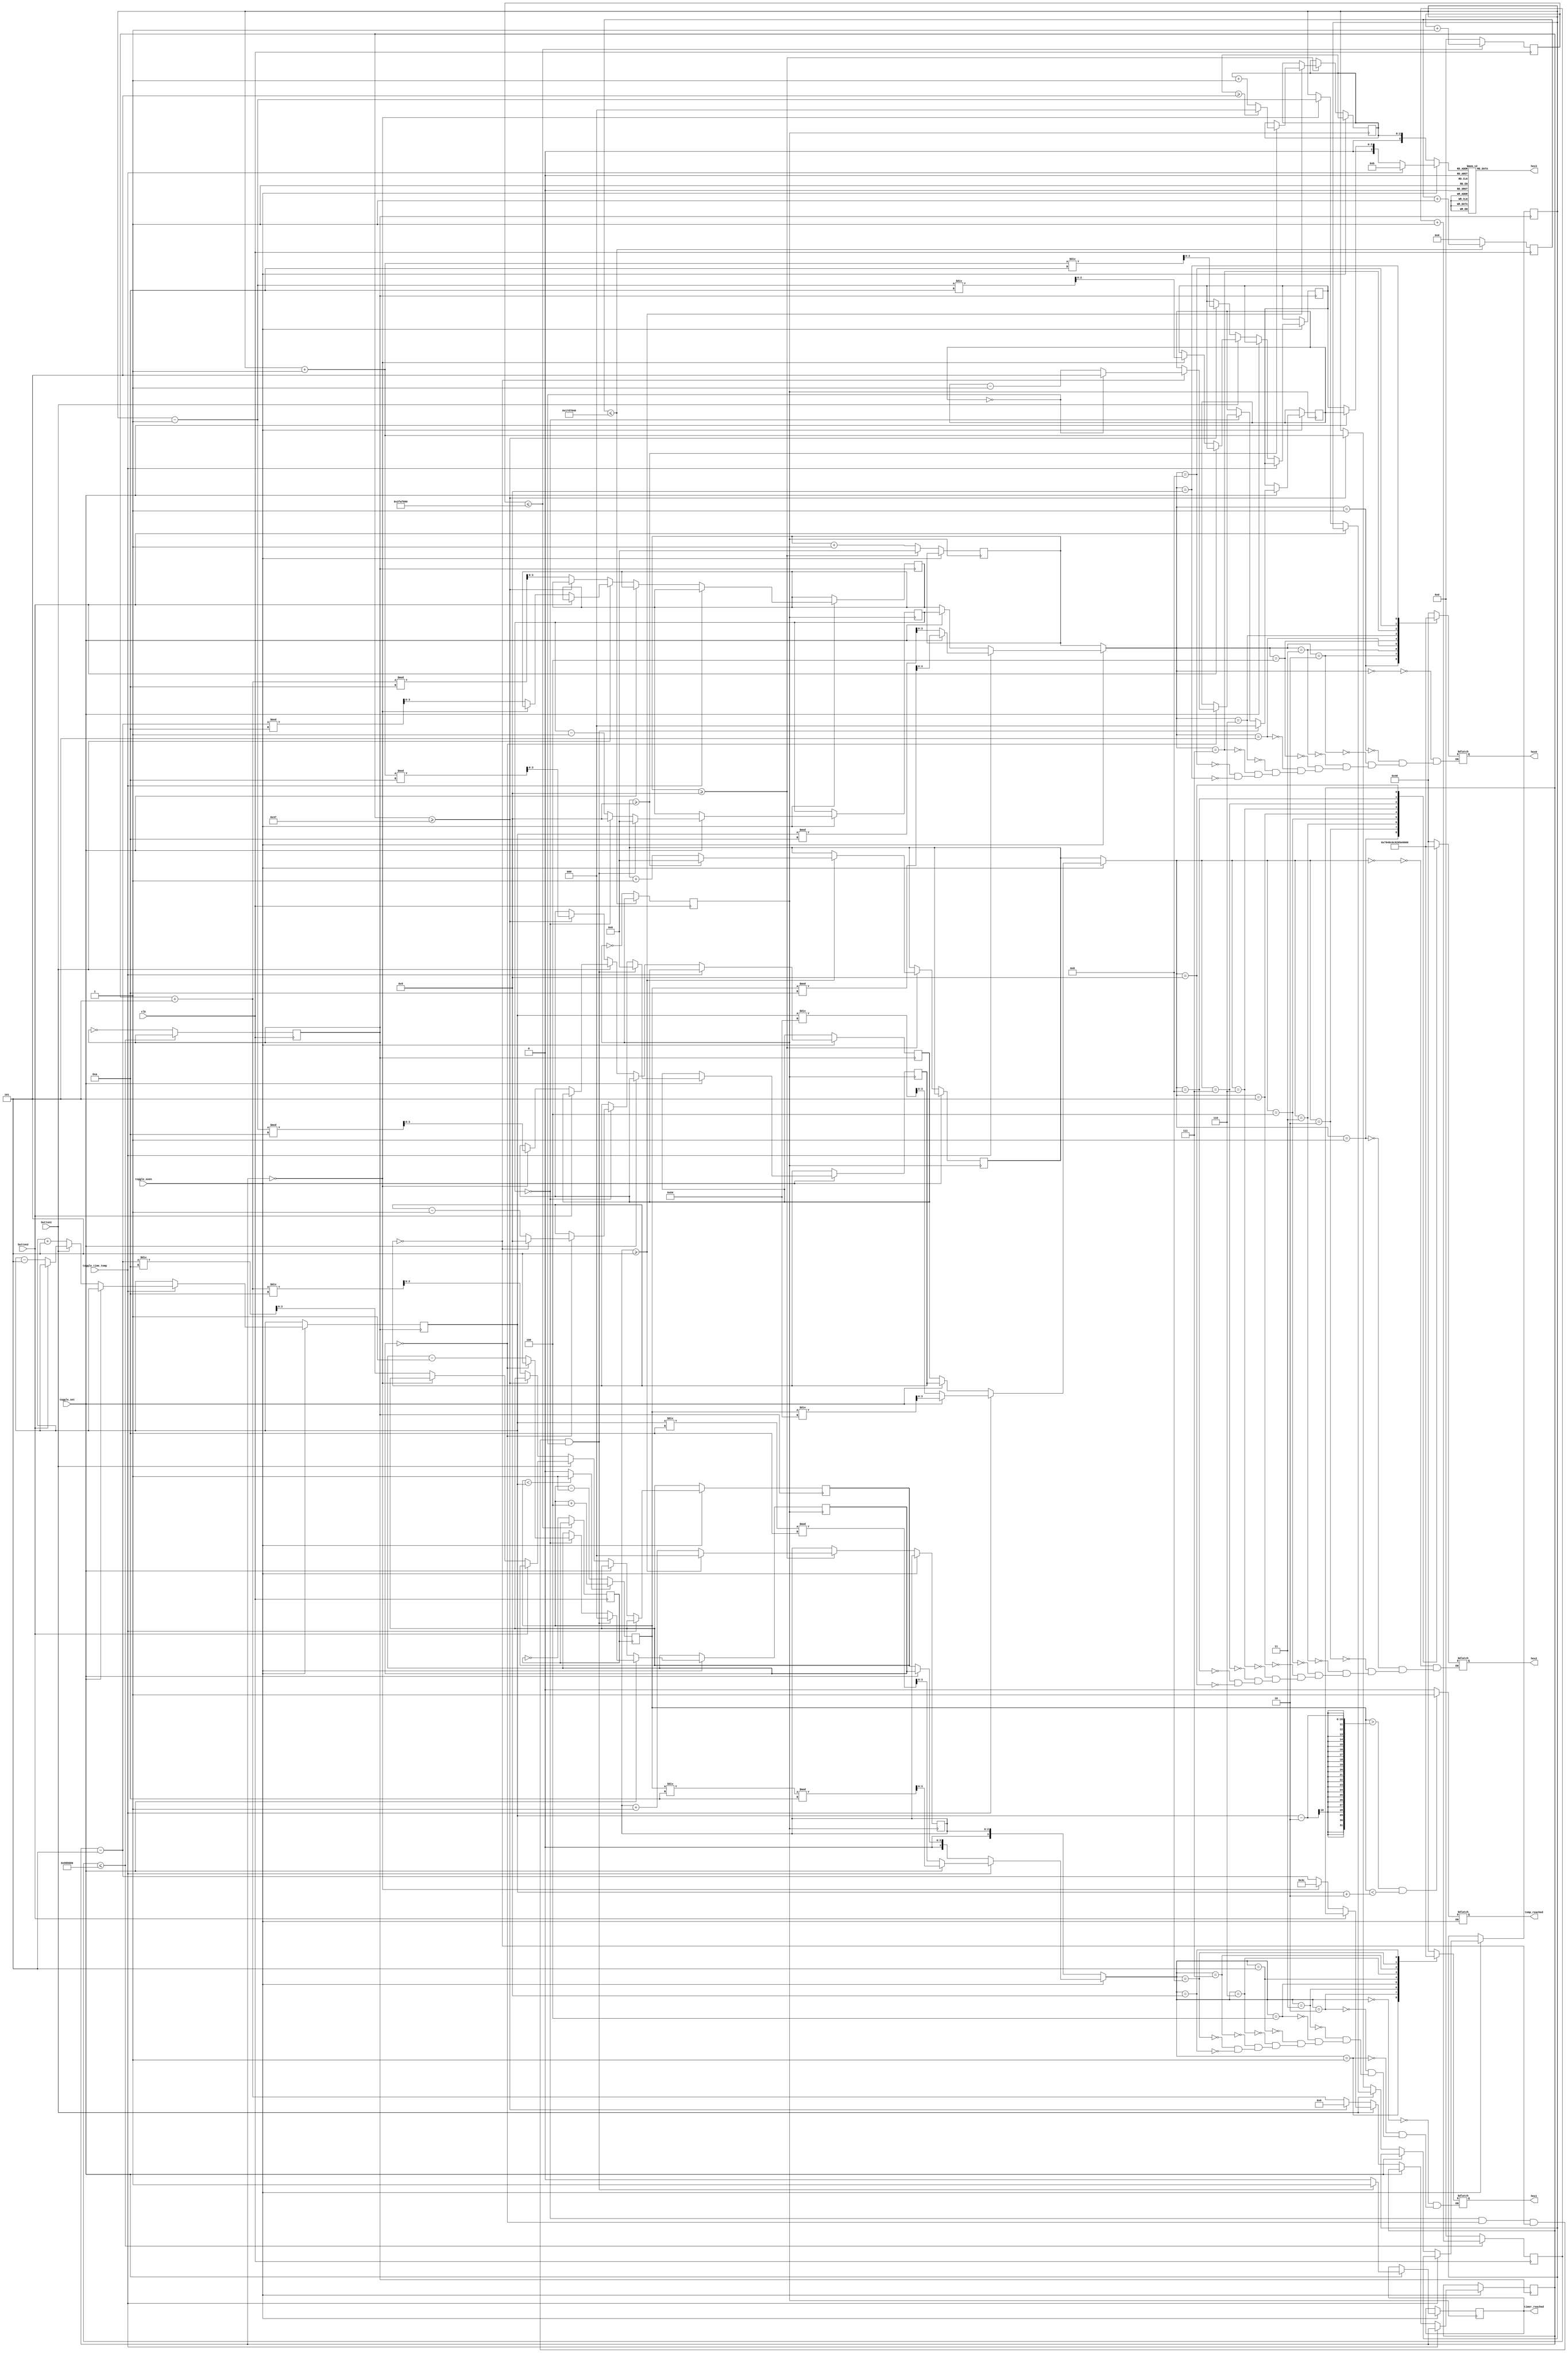
module change_heat(	input clk, 
							input button1, //top
							input button2, //bottom
							input toggle_oven, //SW0, switches between clock and timer/heat
							input toggle_time_temp, //SW1, when oven is on it switches between time and temp
							input toggle_set, //SW2, changes setting vs viewing variables
							output reg [6:0] hex3, //most significant
							output reg [6:0] hex2, 
							output reg [6:0] hex1, 
							output reg [6:0] hex0, 
							output reg temp_reached, // temperature LED
							output reg timer_reached); // timer LED
	
	
	// REGISTERS AND PARAMETERS FOR THE OVEN HEAT PART
	// ==============================================================
	parameter MAX_COUNT_HEAT = 50000000; // Every 2 seconds
	reg [30:0] count = 0;
	reg new_clk;
	
	parameter BUTTON_LIM = 10000000; // Every less than a second
	reg [30:0] button_count = 0;
	reg button_clk;
	
	
	reg heat_val; // 1 if increasing, 0 if decreasing
	
	reg [9:0] updated_temp = 60; // Actual temperature
	reg [9:0] goal_temp = 300; // User input temperature
	
	reg [3:0] hex3_num = 0;
	reg [3:0] hex2_num = 3;
	reg [3:0] hex1_num = 0;
	reg [3:0] hex0_num = 0;
	
	// ==============================================================
	
	// REGISTERS FOR OVEN TIMER
	// ==============================================================
	parameter max_count_timer = 25000000; // same for clock
	reg [28:0] count_timer = 0;
	reg timer_clk;
	
	reg[3:0] number;
	reg[2:0] number2;
	reg[3:0] number3;
	reg[2:0] number4;
	
	reg[3:0] num;
	reg[2:0] num2;
	reg[3:0] num3;
	reg[2:0] num4;
	
	reg [5:0] set_sec = 0;
	reg [5:0] set_min = 0;

	// ==============================================================
	
	// REGISTERS FOR OVEN CLOCK
	// ==============================================================
	reg [3:0] number1_clock = 0;
	reg [2:0] number2_clock = 0;
	reg [3:0] number3_clock = 0;
	reg [2:0] number4_clock = 0;
	// ==============================================================

	
	// Button timer, heat clock, and timer/countup clock 
	always @ (posedge clk) begin
		// button
		if (button_count <= BUTTON_LIM) begin
			 button_count <= button_count + 1;
		end else begin 
			 button_count <= 0;
			 button_clk <= ~button_clk;
		end
		// heat
		if (count <= MAX_COUNT_HEAT) begin
			 count <= count + 1;
		end else begin 
			 count <= 0;
			 new_clk <= ~new_clk;
		end
		
		//timer/countup clock
		if (count_timer <= max_count_timer) begin
			count_timer <= count_timer + 1;
		end else begin 
			count_timer <= 0;
			timer_clk <= ~timer_clk;
		end
	end
	
	
	// User change temperature
	always @(posedge button_clk) begin
		if (toggle_oven == 1) begin // Oven is on
			if (toggle_time_temp == 0) begin // Looking at timer
				if(toggle_set == 0) begin // set Time
					if (button1 == 0) begin
						if (set_sec >= 55) begin
							set_sec = 0;
							set_min = set_min + 1;
							num3 = set_min % 10;
							num4 = set_min / 10;
						end else begin
							set_sec = set_sec + 5;
							num = set_sec % 10;
							num2 = set_sec / 10;
						end
					end else if (button2 == 0) begin
						if (set_sec == 0) begin
							set_min = set_min - 1;
							num3 = set_min % 10;
							num4 = set_min / 10;
							set_sec = 60;
						end else begin
							set_sec = set_sec - 5;
							num = set_sec % 10;
							num2 = set_sec / 10;
						end
					end
				end
			end else begin // looking at temperature
				if (toggle_set == 0) begin // toggle_set = 0 means we are setting temperature
					if (button1 == 0) begin // Increase 
						goal_temp = goal_temp + 5;
					end else if (button2 == 0) begin
						goal_temp = goal_temp - 5;
					end
				end
			end
		end
	end
	
	// Update hex displays
	always @(*) begin
		if (toggle_oven == 1) begin // oven is on
			if (toggle_time_temp == 1) begin 
				// Show temperature vals
				if (toggle_set == 0) begin // Setting temperature
					hex3_num = 11;
					hex2_num = goal_temp / 100; 
					hex1_num = (goal_temp / 10) % 10;
					hex0_num = goal_temp % 10;
				end else begin
					hex3_num = 11;
					hex2_num = updated_temp / 100; 
					hex1_num = (updated_temp / 10) % 10;
					hex0_num = updated_temp % 10;
				end
			end else begin
				// Timer values calculated from registers
				if (toggle_set == 0) begin
					hex0_num = num;
					hex1_num = num2;
					hex2_num = num3;
					hex3_num = num4;
				end else begin
					hex0_num = number;
					hex1_num = number2;
					hex2_num = number3;
					hex3_num = number4;
				end
			end
			// Display light for when oven is done preheating
			if (updated_temp > goal_temp - 2 && updated_temp < goal_temp + 2) begin
				temp_reached = 1; // Light on
			end else begin
				temp_reached = 0; // Light off
			end
		end else begin // Oven is off
			hex3_num = number4_clock;
			hex2_num = number3_clock;
			hex1_num = number2_clock;
			hex0_num = number1_clock; 
			
			
		end
	end
	
	// Toggle heat val
	always @(*) begin
		if (updated_temp < goal_temp) begin
			heat_val <= 1;
		end else begin
			heat_val <= 0;
		end
	end
	
	// Temp control
	always @(posedge new_clk) begin
			// Do nothing
		if (heat_val == 1) begin
			updated_temp <= updated_temp + 4;
		end else begin
			updated_temp <= updated_temp - 1;
		end
	end
	
	//Countdown 
	always @ (posedge timer_clk) begin
		if (toggle_oven == 1) begin //oven is on
			if (toggle_set == 0) begin
				number = num;
				number2 = num2;
				number3 = num3;
				number4 = num4;
			end else if (toggle_set == 1) begin //Start timer
				if (number == 0 && number2 == 0 && number3 == 0 && number4 == 0) begin
						timer_reached <= 1;
						number <= 0;
						number2 <= 0;
						number3 <= 0;
						number4 <= 0;
				end else begin
					timer_reached <= 0;
					if (number == 0) begin
						number <= 9;
						number2 <= number2 - 1;
						if (number2 == 0) begin
							number2 <= 5;
							number3 <= number3 - 1;
							if (number3 == 0) begin
								number3 <= 9;
								number4 <= number4 - 1;
								if (number4 == 0) begin
									number4 <= 5;
								end
							end else begin
								number3 <= number3 - 1;
							end
						end else begin
							number2 <= number2 - 1;
						end
					end else begin
						number <= number - 1;
					end
				end
			end
		end else begin // oven is off
			if (number1_clock >= 9) begin
				number1_clock <= 0;
				number2_clock <= number2_clock + 1;
				if (number2_clock >= 5) begin
					number2_clock <= 0;
					number3_clock <= number3_clock +1;
					if (number3_clock >= 9) begin
						number3_clock <= 0;
						number4_clock <= number4_clock + 1;
						if (number4_clock >= 5) begin
							number4_clock <= 0;
						end
					end else begin
						number3_clock <= number3_clock + 1;
					end
				end else begin
					number2_clock <= number2_clock + 1;
				end
			end else begin
				number1_clock <= number1_clock + 1;
			end
		end
	end
	
	
	// Hex displays
	always @ (*) begin
		case (hex3_num) 
			 0: begin
				  hex3 = 7'b1000000;
			 end
			 1: begin
				  hex3 = 7'b1111001;
			 end
			 2: begin
				  hex3 = 7'b0100100;
			 end
			 3: begin
				  hex3 = 7'b0110000;
			 end
			 4: begin
				  hex3 = 7'b0011001;
			 end
			 5: begin
				  hex3 = 7'b0010010;
			 end
			 6: begin
				  hex3 = 7'b0000010;
			 end
			 7: begin
				  hex3 = 7'b1111000;
			 end
			 8: begin
				  hex3 = 7'b0000000;
			 end
			 9: begin
				  hex3 = 7'b0010000;
			 end
			 default: hex3 = 7'b1111111;
		endcase
		
		case (hex2_num) 
			 0: begin
				  hex2 = 7'b1000000;
			 end
			 1: begin
				  hex2 = 7'b1111001;
			 end
			 2: begin
				  hex2 = 7'b0100100;
			 end
			 3: begin
				  hex2 = 7'b0110000;
			 end
			 4: begin
				  hex2 = 7'b0011001;
			 end
			 5: begin
				  hex2 = 7'b0010010;
			 end
			 6: begin
				  hex2 = 7'b0000010;
			 end
			 7: begin
				  hex2 = 7'b1111000;
			 end
			 8: begin
				  hex2 = 7'b0000000;
			 end
			 9: begin
				  hex2 = 7'b0010000;
			 end
		endcase
		
		case (hex1_num) 
			 0: begin
				  hex1 = 7'b1000000;
			 end
			 1: begin
				  hex1 = 7'b1111001;
			 end
			 2: begin
				  hex1 = 7'b0100100;
			 end
			 3: begin
				  hex1 = 7'b0110000;
			 end
			 4: begin
				  hex1 = 7'b0011001;
			 end
			 5: begin
				  hex1 = 7'b0010010;
			 end
			 6: begin
				  hex1 = 7'b0000010;
			 end
			 7: begin
				  hex1 = 7'b1111000;
			 end
			 8: begin
				  hex1 = 7'b0000000;
			 end
			 9: begin
				  hex1 = 7'b0010000;
			 end
		endcase
		
		case (hex0_num) 
			 0: begin
				  hex0 = 7'b1000000;
			 end
			 1: begin
				  hex0 = 7'b1111001;
			 end
			 2: begin
				  hex0 = 7'b0100100;
			 end
			 3: begin
				  hex0 = 7'b0110000;
			 end
			 4: begin
				  hex0 = 7'b0011001;
			 end
			 5: begin
				  hex0 = 7'b0010010;
			 end
			 6: begin
				  hex0 = 7'b0000010;
			 end
			 7: begin
				  hex0 = 7'b1111000;
			 end
			 8: begin
				  hex0 = 7'b0000000;
			 end
			 9: begin
				  hex0 = 7'b0010000;
			 end
		endcase
		
	end



endmodule